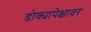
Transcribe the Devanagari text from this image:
डोक्यापेक्षावर